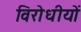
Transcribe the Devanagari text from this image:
विरोधीयों